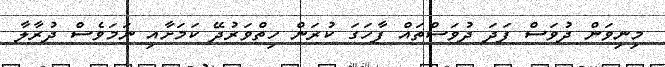
މިނިވަން ދުވަސް ފަދަ ދުވަސްތައް ފާހަގަ ކުރަން ހިތްވަރުދޭ ކަމަށާއި ނަމަވެސް ދުރާލާ